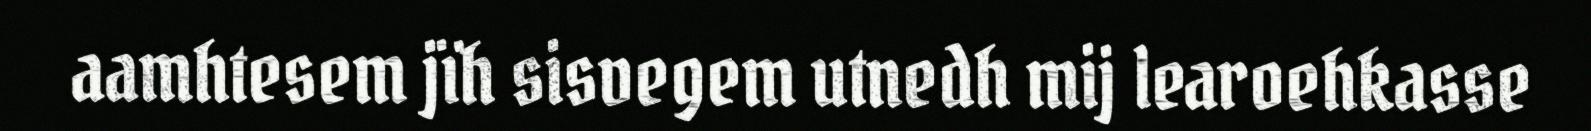
aamhtesem jïh sisvegem utnedh mij learoehkasse